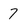
Character: 7